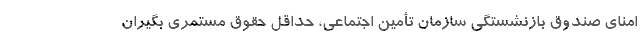
امنای صندوق بازنشستگی سازمان تأمین اجتماعی، حداقل حقوق مستمری بگیران